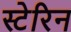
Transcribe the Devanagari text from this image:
स्टेरिन